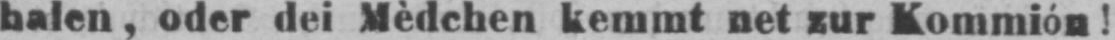
halen, oder dei Mèdchen kemmt net zur Kommión!